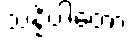
သန္နိပါတော